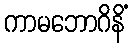
ကာမဘောဂိနိံ